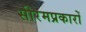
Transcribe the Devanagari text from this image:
सीरमप्रकारों